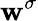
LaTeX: \mathbf{w}^{\sigma}